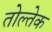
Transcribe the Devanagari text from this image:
तोल्तेक